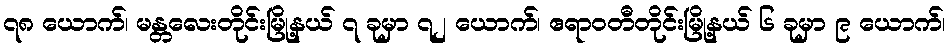
၇၈ ယောက်၊ မန္တလေးတိုင်းမြို့နယ် ၇ ခုမှာ ၇၂ ယောက်၊ ဧရာဝတီတိုင်းမြို့နယ် ၆ ခုမှာ ၉ ယောက်၊